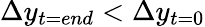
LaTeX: \Delta y_{t=end}<\Delta y_{t=0}